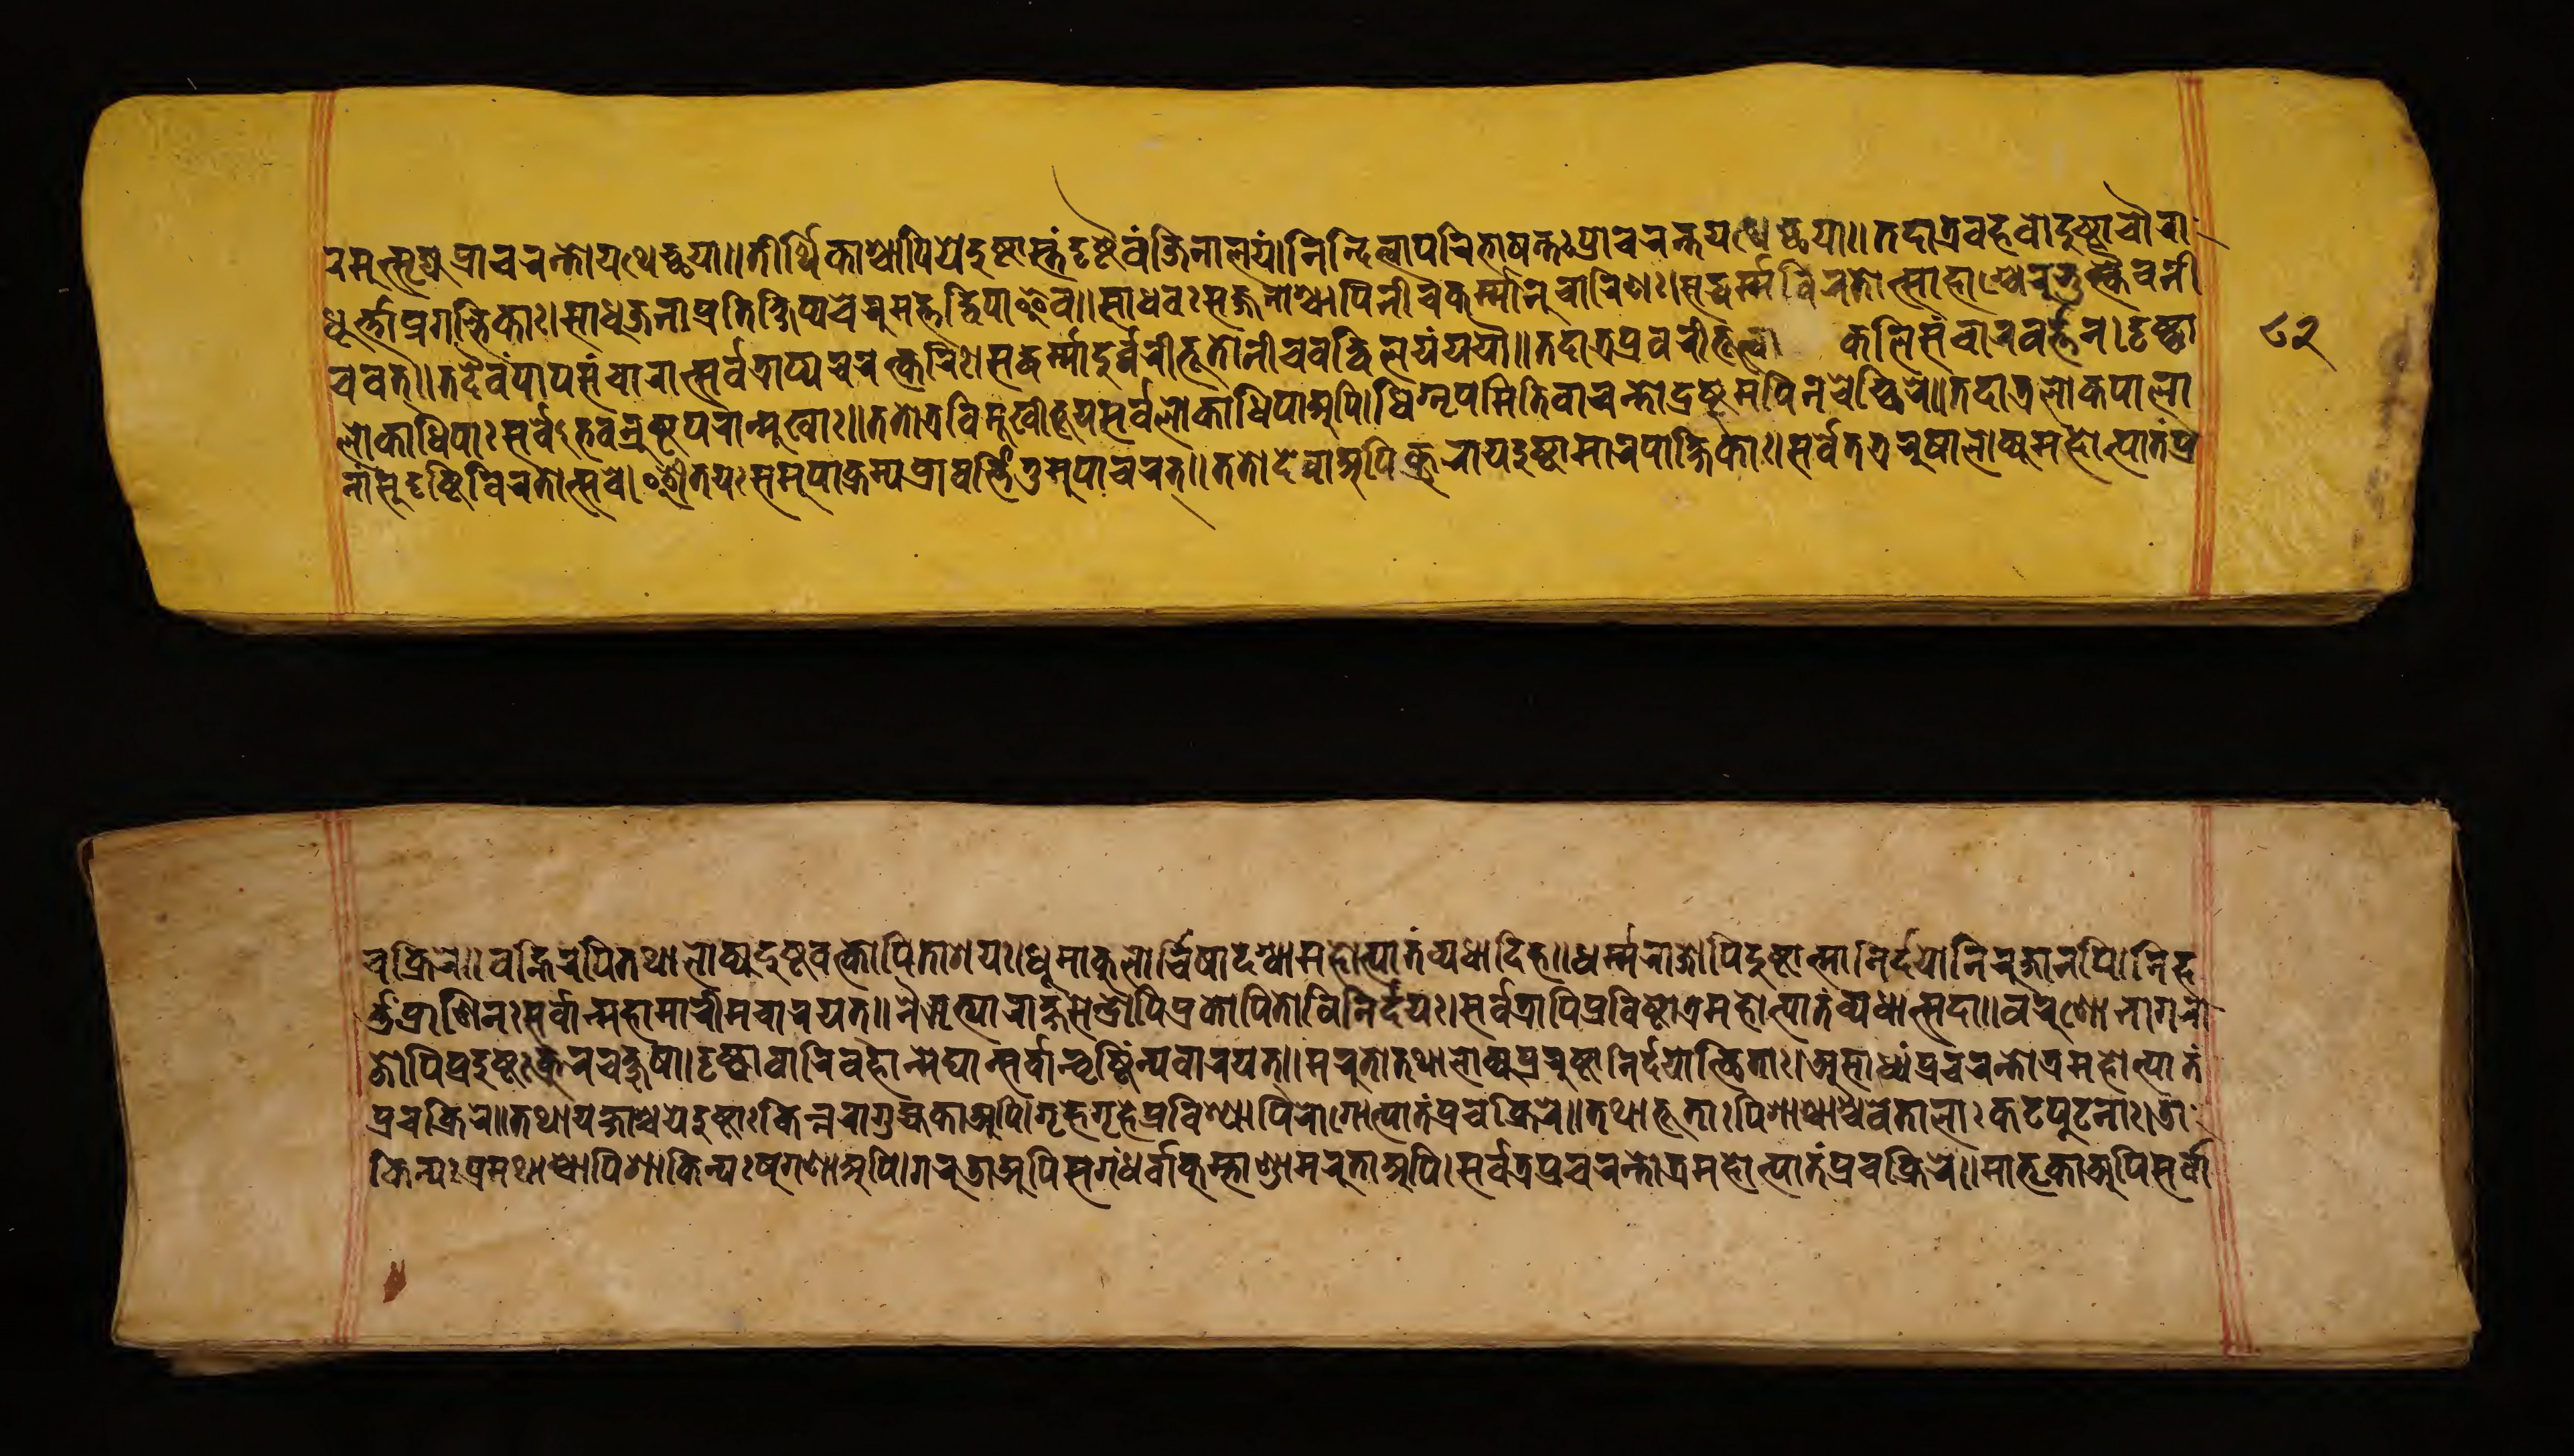
𑐬𑐩𑐸𑐟𑑂𑐳𑐺𑐖𑑂𑐫𑐥𑑂𑐬𑐵𑐔𑐬𑐣𑑂𑐟𑑀𑐫𑐠𑐾𑐔𑑂𑐕𑐫𑐵𑑌𑐟𑐷𑐬𑑂𑐠𑐶𑐎𑐵𑐱𑑂𑐔𑐵𑐥𑐶𑐫𑐾𑐡𑐸𑐲𑑂𑐚𑐵𑐳𑑂𑐟𑑄𑐡𑐺𑐲𑑂𑐚𑐿𑐰𑑄𑐖𑐶𑐣𑐵𑐮𑐫𑑄𑑋𑐣𑐶𑐣𑑂𑐡𑐶𑐟𑑂𑐰𑐵𑐥𑐬𑐶𑐨𑐵𑐲𑐣𑑂𑐟𑑅𑐥𑑂𑐬𑐵𑐔𑐬𑐣𑑂𑐟𑐫𑐠𑐾𑐔𑑂𑐕𑐫𑐵𑑌𑐟𑐡𑐵𑐟𑑂𑐬𑐧𑐴𑐰𑑀𑐡𑐸𑐲𑑂𑐚𑐵𑐔𑑁𑐬𑐵 𑐢𑐹𑐬𑑂𑐟𑑂𑐟𑐵𑐥𑑂𑐬𑐐𑐮𑑂𑐰𑐶𑐎𑐵𑑅𑑋𑐳𑐵𑐢𑐸𑐖𑐣𑐵𑐥𑑂𑐬𑐟𑐶𑐎𑑂𑐲𑐶𑐥𑑂𑐫𑐔𑐾𑐬𑐸𑐩𑐟𑑂𑐟𑐡𑑂𑐰𑐶𑐥𑐵𑐂𑐰𑑌𑐳𑐵𑐢𑐰𑑅𑐳𑐖𑑂𑐖𑐣𑐵𑐱𑑂𑐔𑐵𑐥𑐶𑐣𑐷𑐔𑐎𑐬𑑂𑐩𑑂𑐩𑐵𑐣𑐸𑐔𑐵𑐬𑐶𑐞𑑅𑑋𑐳𑐡𑑂𑐢𑐬𑑂𑐩𑐰𑐶𑐬𑐟𑑀𑐟𑑂𑐳𑐵𑐴𑐵𑐱𑑂𑐔𑐾𑐬𑐸𑐨𑐸𑐎𑑂𑐟𑑂𑐰𑐿𑐰𑐣𑐷 𑐔𑐰𑐟𑑂𑑌𑐟𑐡𑐾𑐰𑑄𑐥𑐵𑐥𑐳𑑄𑐔𑐵𑐬𑐵𑐟𑑂𑐳𑐬𑑂𑐰𑐟𑑂𑐬𑐵𑐥𑑂𑐫𑐔𑐬𑐟𑑂𑐎𑐬𑐶𑑅𑑋𑐳𑐡𑑂𑐢𑐬𑑂𑐩𑑂𑐩𑐵𑐡𑐸𑐬𑑂𑐰𑑂𑐰𑐬𑐷𑐨𑐹𑐟𑑀𑐣𑐷𑐔𑐰𑐡𑑂𑐰𑐶𑐮𑐫𑑄𑐫𑐫𑑁𑑌𑐟𑐡𑐵𑐟𑑂𑐬𑐥𑑂𑐬𑐰𑐬𑐷𑐨𑐹𑐟𑑂𑐰𑐵𑐎𑐮𑐶𑐳𑑄𑐔𑐵𑐬𑐰𑐬𑑂𑐟𑑂𑐟𑐣𑑋𑐡𑐺𑐲𑑂𑐚𑑂𑐰𑐵 𑐮𑑀𑐎𑐵𑐢𑐶𑐥𑐵𑑅𑐳𑐬𑑂𑐰𑐾𑐨𑐰𑐣𑑂𑐬𑐸𑐲𑑂𑐚𑐥𑐬𑐵𑐣𑑂𑐩𑐸𑐏𑐵𑑅𑑌𑐟𑐟𑑀𑐟𑑂𑐬𑐰𑐶𑐩𑐸𑐏𑐷𑐨𑐹𑐫𑐳𑐬𑑂𑐰𑐮𑑀𑐎𑐵𑐢𑐶𑐥𑐵𑐀𑐥𑐶𑑋𑐢𑐶𑐐𑑂𑐣𑐺𑐥𑐩𑐶𑐟𑐶𑐰𑐵𑐔𑐣𑑂𑐟𑑀𑐡𑑂𑐬𑐲𑑂𑐚𑐸𑐩𑐥𑐶𑐣𑐔𑐾𑐔𑑂𑐕𑐶𑐬𑐾𑑌𑐟𑐡𑐵𑐟𑑂𑐬𑐮𑑀𑐎𑐥𑐵𑐮𑐵 𑐣𑐵𑑄𑐳𑐸𑐡𑐺𑐲𑑂𑐚𑐶𑐰𑐶𑐬𑐟𑑀𑐟𑑂𑐳𑐰𑐾𑑋𑐃𑐟𑐫𑑅𑐳𑐩𑐸𑐥𑐵𑐎𑑂𑐬𑐩𑑂𑐫𑐥𑑂𑐬𑐵𑐰𑐬𑑂𑐟𑑂𑐟𑐶𑐟𑐸𑐩𑐸𑐥𑐵𑐔𑐬𑐟𑑂𑑌𑐟𑐟𑑀𑐡𑐾𑐰𑐵𑐀𑐥𑐶𑐎𑑂𑐬𑐹𑐬𑐵𑐫𑐡𑐸𑐲𑑂𑐚𑐵𑐩𑐵𑐬𑐥𑐎𑑂𑐲𑐶𑐎𑐵𑑅𑑋𑐳𑐬𑑂𑐰𑐾𑐟𑐟𑑂𑐬𑐬𑐸𑐲𑐵𑐮𑑀𑐎𑑂𑐫𑐩𑐴𑑀𑐟𑑂𑐥𑐵𑐟𑑄𑐥𑑂𑐬 𑐔𑐎𑑂𑐬𑐶𑐬𑐾𑑌𑐰𑐴𑑂𑐣𑐶𑐬𑐥𑐶𑐟𑐠𑐵𑐮𑑀𑐎𑑂𑐫𑐡𑐸𑐲𑑂𑐚𑐰𑐟𑑂𑐎𑑀𑐥𑐶𑐟𑐵𑐱𑐫𑑅𑑋𑐢𑐹𑐩𑐵𑐎𑐸𑐮𑐵𑐬𑑂𑐔𑐶𑐲𑐵𑐡𑐐𑑂𑐢𑐵𑐩𑐴𑑀𑐟𑑂𑐥𑐵𑐟𑑄𑐰𑑂𑐫𑐢𑐵𑐡𑐶𑐴𑑌𑐢𑐬𑑂𑐩𑑂𑐩𑐬𑐵𑐖𑑀𑐥𑐶𑐡𑐸𑐲𑑂𑐚𑐵𑐟𑑂𑐩𑐵𑐣𑐶𑐬𑑂𑐡𑐫𑐵𑐣𑐶𑐬𑐸𑐖𑐵𑐣𑐥𑐶𑑋𑐣𑐶𑐴 𑐬𑑂𑐟𑑂𑐟𑐸𑑄𑐥𑑂𑐬𑐵𑐞𑐶𑐣𑑅𑐳𑐬𑑂𑐰𑐵𑐣𑑂𑐩𑐴𑐵𑐩𑐵𑐬𑐷𑐩𑐰𑐵𑐬𑐫𑐟𑑂𑑌𑐣𑐿𑐆𑐟𑑂𑐫𑐵𑐬𑐵𑐎𑑂𑐲𑐳𑐾𑐣𑑂𑐡𑑂𑐬𑑀𑐥𑐶𑐥𑑂𑐬𑐎𑑀𑐥𑐶𑐟𑑀𑐰𑐶𑐣𑐶𑐬𑑂𑐡𑐫𑑅𑑋𑐳𑐬𑑂𑐰𑐟𑑂𑐬𑐵𑐥𑐶𑐥𑑂𑐬𑐰𑐶𑐲𑑂𑐚𑑀𑐟𑑂𑐬𑐩𑐴𑑀𑐟𑑂𑐥𑐵𑐟𑑄𑐰𑑂𑐫𑐢𑐵𑐟𑑂𑐳𑐡𑐵𑑌𑐰𑐬𑐸𑐞𑑀𑐣𑐵𑐐𑐬𑐵 𑐖𑑀𑐥𑐶𑐥𑑂𑐬𑐡𑐸𑐲𑑂𑐚𑑅𑐎𑑂𑐬𑐹𑐬𑐔𑐎𑑂𑐲𑐸𑐲𑐵𑑋𑐡𑐺𑐲𑑂𑐚𑑂𑐰𑐵𑐰𑐵𑐬𑐶𑐰𑐴𑐵𑐣𑑂𑐩𑐾𑐑𑐵𑐣𑑂𑐳𑐬𑑂𑐰𑐵𑐣𑑂𑐰𑐺𑐲𑑂𑐚𑐶𑑄𑐣𑑂𑐫𑐰𑐵𑐬𑐫𑐟𑑂𑑌𑐩𑐬𑐸𑐟𑑀𑐟𑐠𑐵𑐮𑑀𑐎𑑂𑐫𑐥𑑂𑐬𑐬𑐸𑐲𑑂𑐚𑐵𑐣𑐶𑐬𑑂𑐡𑐫𑑀𑐟𑑂𑐠𑐶𑐟𑐵𑑅𑑋𑐀𑐳𑐵𑐢𑑂𑐫𑑄𑐥𑑂𑐬𑐔𑐬𑐣𑑂𑐟𑑀𑐟𑑂𑐬𑐩𑐴𑑀𑐟𑑂𑐥𑐵𑐟𑑄 𑐥𑑂𑐬𑐔𑐎𑑂𑐬𑐶𑐬𑐾𑑌𑐟𑐠𑐵𑐫𑐎𑑂𑐲𑐵𑐱𑑂𑐔𑐫𑐾𑐡𑐸𑐲𑑂𑐚𑐵𑑅𑐎𑐶𑐣𑑂𑐣𑐬𑐵𑐐𑐸𑐴𑑂𑐫𑐎𑐵𑐀𑐥𑐶𑑋𑐐𑐺𑐴𑐾𑐐𑐺𑐴𑐾𑐥𑑂𑐬𑐰𑐶𑐱𑑂𑐫𑐵𑐥𑐶𑐬𑑀𑐐𑑀𑐟𑑂𑐥𑐵𑐟𑑄𑐥𑑂𑐬𑐔𑐎𑑂𑐬𑐶𑐬𑐾𑑌𑐟𑐠𑐵𑐨𑐹𑐟𑐵𑑅𑐥𑐶𑐱𑐵𑐔𑐵𑐱𑑂𑐔𑐰𑐾𑐟𑐵𑐮𑐵𑑅𑐎𑐚𑐥𑐹𑐚𑐣𑐵𑑅𑑋𑐜𑐵 𑐎𑐶𑐣𑑂𑐫𑑅𑐥𑑂𑐬𑐩𑐠𑐵𑐱𑑂𑐔𑐵𑐥𑐶𑐱𑐵𑐎𑐶𑐣𑑂𑐫𑑅𑐲𑐸𑐐𑐞𑐵𑐀𑐥𑐶𑑋𑐐𑐬𑐸𑐜𑐵𑐀𑐥𑐶𑐳𑐐𑑄𑐢𑐬𑑂𑐰𑐵𑐎𑐸𑐩𑑂𑐨𑐵𑐞𑑂𑐜𑐵𑐩𑐬𑐸𑐟𑐵𑐀𑐥𑐶𑑋𑐳𑐬𑑂𑐰𑐟𑑂𑐬𑐥𑑂𑐬𑐔𑐬𑐣𑑂𑐟𑑀𑐟𑑂𑐬𑐩𑐴𑑀𑐟𑑂𑐥𑐵𑐟𑑄𑐥𑑂𑐬𑐔𑐎𑑂𑐬𑐶𑐬𑐾𑑌𑐩𑐵𑐟𑐺𑐎𑐵𑐀𑐥𑐶𑐳𑐬𑑂𑐰𑐵 𑑘𑑒